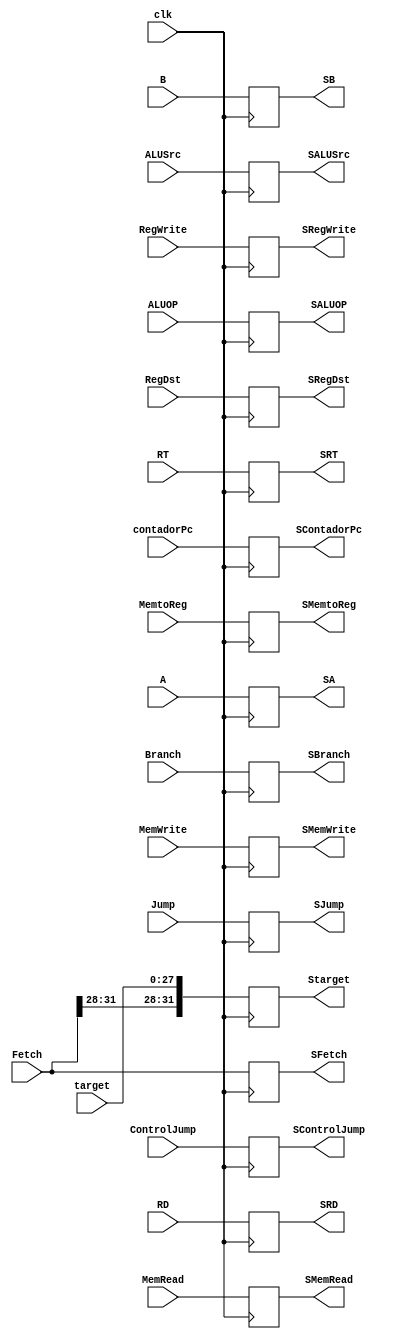

module Buffer2(
	input [4:0]RD,RT,
	input [31:0]A,B,Fetch,Jump,
	input [27:0]target,
	input [31:0]contadorPc,
	input RegDst,Branch,MemRead,MemtoReg,MemWrite,ALUSrc,RegWrite,ControlJump,
	input [2:0]ALUOP,
	input clk,
	output reg[4:0]SRD,SRT,
	output reg[31:0]SA,SB,SFetch,SJump,Starget,
	output reg SRegDst,SBranch,SMemRead,SMemtoReg,SMemWrite,SALUSrc,SRegWrite,SControlJump,
	output reg[2:0]SALUOP,
	output reg[31:0]SContadorPc
);

always @(posedge clk)
	begin
		SFetch = Fetch;
		SA = A;
		SB = B;
		SJump = Jump;
		SRD = RD;
		SRT = RT;
		Starget = {Fetch[31:28],target};
		
		SRegDst = RegDst;
		SBranch = Branch;
		SMemRead = MemRead;
		SMemtoReg = MemtoReg;
		SMemWrite = MemWrite;
		SALUSrc = ALUSrc;
		SRegWrite = RegWrite;
		SALUOP = ALUOP;
		SControlJump = ControlJump;
		SContadorPc = contadorPc;
	end

endmodule